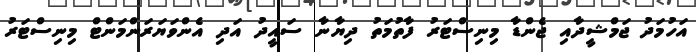
އަހުމަދު ޖަމްޝީދާއި ޖެންޑާ މިނިސްޓަރު ފާތުމަތު ދިޔާނާ ސައީދު އަދި އެންވަޔަރަންމަންޓް މިނިސްޓަރު